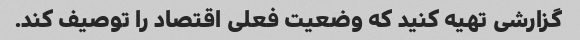
گزارشی تهیه کنید که وضعیت فعلی اقتصاد را توصیف کند.